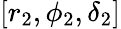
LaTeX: [r_{2},\phi_{2},\delta_{2}]